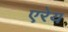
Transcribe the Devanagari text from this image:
एरेय